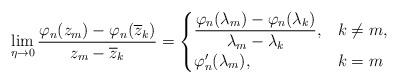
LaTeX: \begin{align*} \lim_{\eta\to 0}\frac{\varphi_n(z_m) - \varphi_n(\overline z_k)}{z_m-\overline z_k} = \begin{cases} \dfrac{\varphi_n(\lambda_m) - \varphi_n(\lambda_k)}{\lambda_m-\lambda_k}, & k\ne m,\\ \varphi'_n(\lambda_m), & k=m\\ \end{cases} \end{align*}